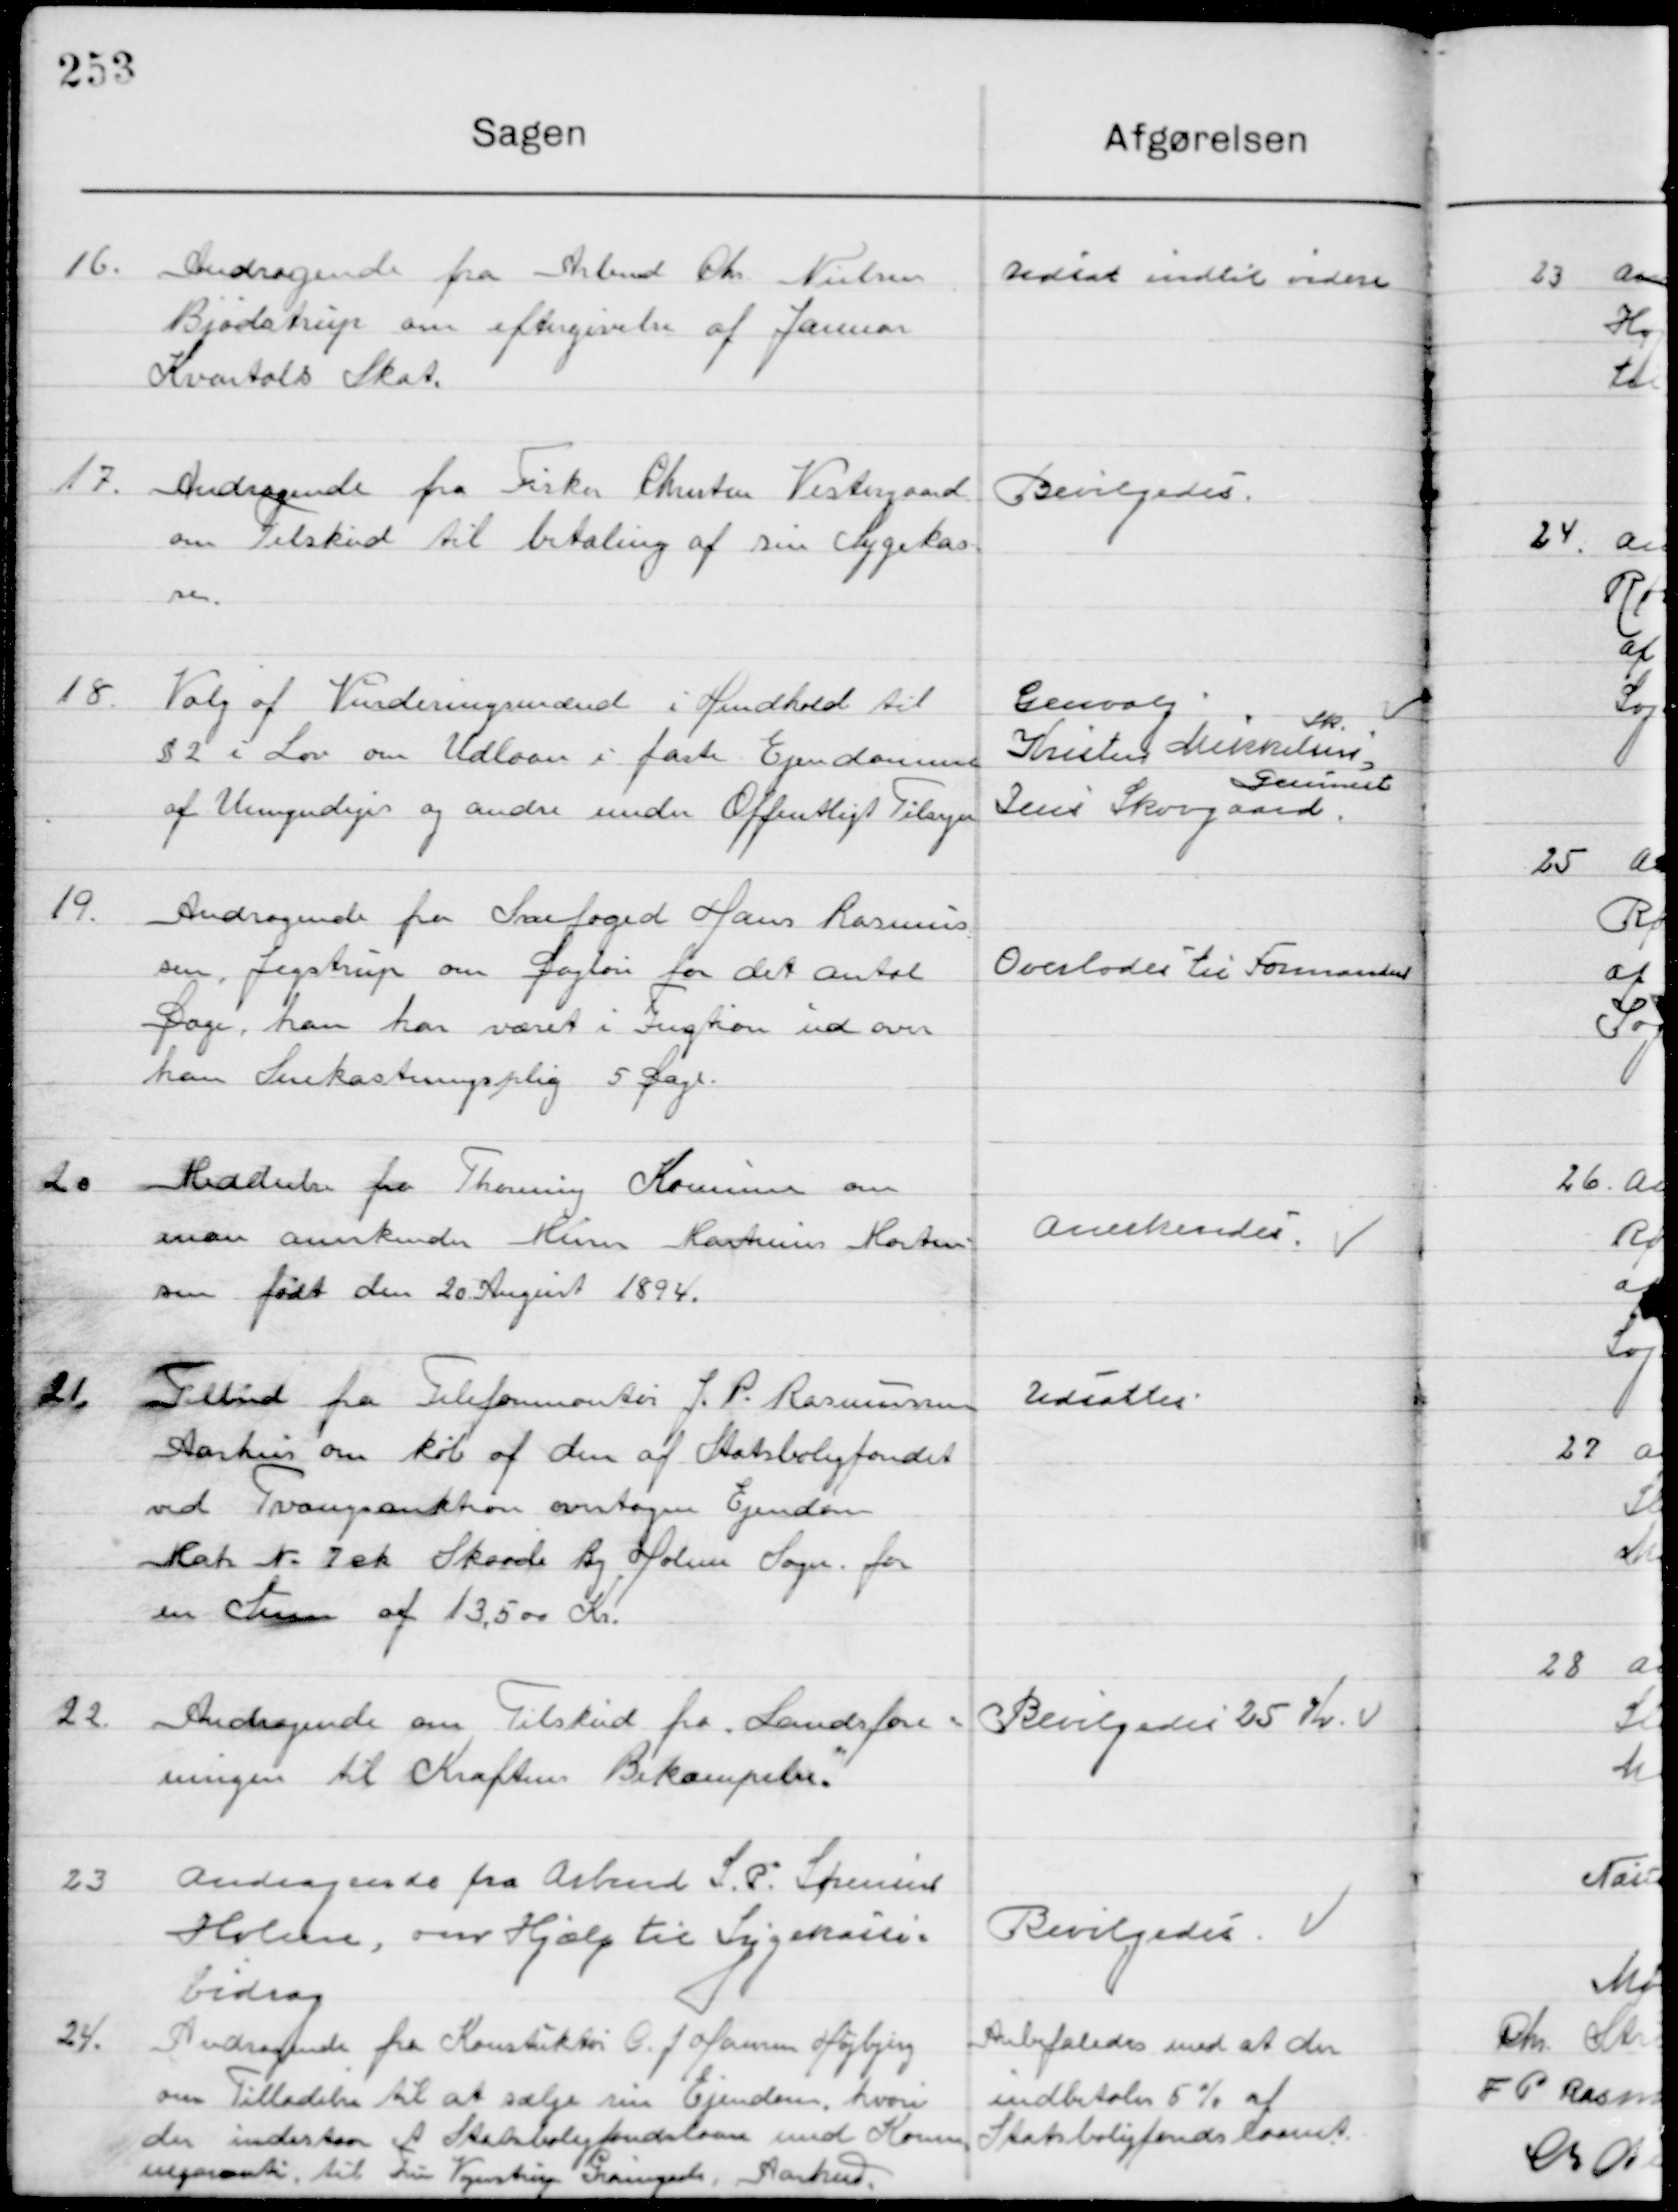
Transskription:
16

Andragende fra Arbmd. Chr. Nielsen
Bjødstrup om eftergivelse af Januar 
Kvartals Skat.

Udsat indtil videre

17

Andragende fra fisker Christen Vestergaard
om Tilskud til betaling af sin Sygekas-
se

Bevilgedes

18

Valg af Vurderingsmænd i Henhold til 
§ 2 i Lov om Udlaan i fast Ejendomme
af Umyndige og andre under Offentligt Tilsyn

Genvalg
Kresten Mikkelsen 
TR.
Jens Skovgaard
Genindsat

19

Andragende fra Snefoged Hans Rasmus-
sen Jegstrup om Gageløn for det antal   
Gange han har været i Fngtion ud over
Hans Snekastningspligt 5 Dage

Overlodes til Formanden

20

Meddelelse fra Thorning Kommune om
man anerkender Kim Rasmus Morten-
sen født den 20 August 1894.

Anerkendes

21

Tilbud fra Telefonmontør J. P. Rasmussen 
Aarhus om køb af den af Statsboligfondet
ved Tvangsauktion overtagen Ejendom 
Matr. No. 7 sk Skaade By, Holme Sogn for
en Sum af 13.500 Kr.

Udsattes

22

Andragende om Tilskud fra Landsfor-
eningen til Kræftens Bekæmpelse

Bevilgedes 25 Kr.

23

Andragende fra Arbmd. S. P. Sørensen
Holme, om Hjælp til Sygekasse-
bidrag

Bevilgedes

24

Andragende fra Konstruktør G. J. Hansen Højbjerg 
om Tilladelse til at sælge sin Ejendom, hvori
der indestaar Statsboligfondslaan med Kommu-
negaranti til Fru Vangstrup Grønnegaard  Aarhus

Anbefales med at der
indbetales 5 % af
Statsboligfonds laanet.